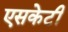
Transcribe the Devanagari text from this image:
एसकेटी